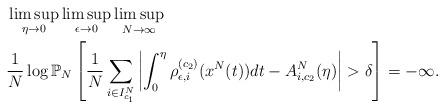
LaTeX: \begin{align*} & \limsup_{\eta\rightarrow0}\limsup_{\epsilon\rightarrow0}\limsup_{N\rightarrow\infty}\\ & \frac{1}{N}\log\mathbb{P}_{N}\left[\frac{1}{N}\sum_{i\in I_{c_{1}}^{N}}\left|\int_{0}^{\eta}\rho_{\epsilon,i}^{(c_{2})}(x^{N}(t))dt-A_{i,c_{2}}^{N}(\eta)\right|>\delta\right]=-\infty. \end{align*}